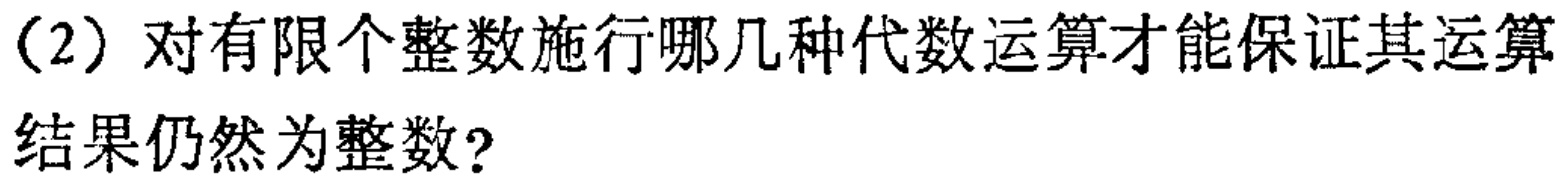
（2）对有限个整数施行哪几种代数运算才能保证其运算结果仍然为整数?